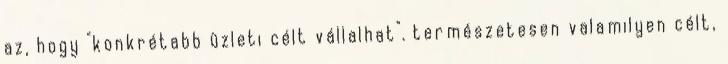
az, hogy "konkrétabb üzleti célt vállalhat". természetesen valamilyen célt,